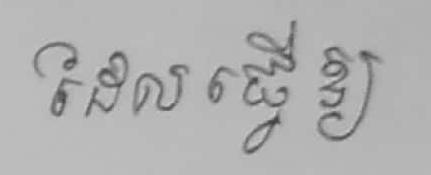
ដែលធ្វើឲ្យ